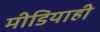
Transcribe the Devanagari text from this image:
मीडियाही